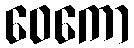
ဝေကော